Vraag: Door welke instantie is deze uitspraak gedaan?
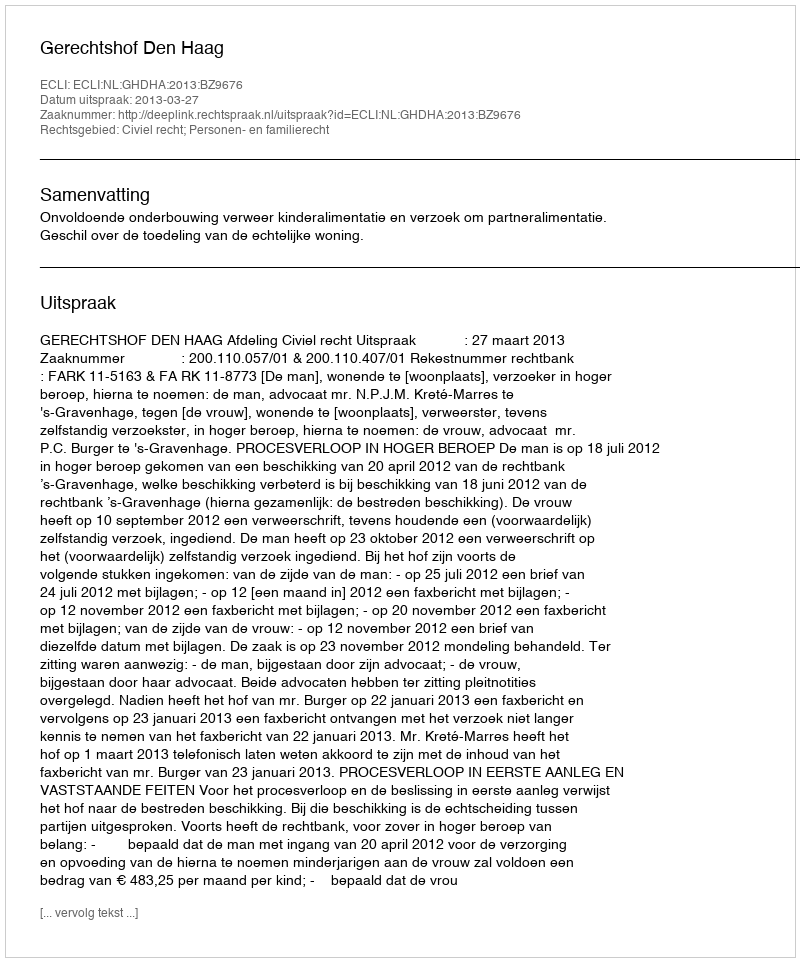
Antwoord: Gerechtshof Den Haag